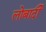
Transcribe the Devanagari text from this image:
लोबार्दी